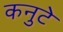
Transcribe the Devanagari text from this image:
कनुटे